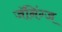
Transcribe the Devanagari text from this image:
जॅनिंग्ज